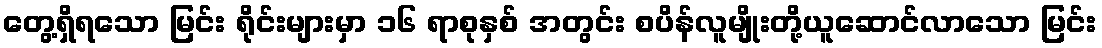
တွေ့ရှိရသော မြင်း ရိုင်းများမှာ ၁၆ ရာစုနှစ် အတွင်း စပိန်လူမျိုးတို့ယူဆောင်လာသော မြင်း